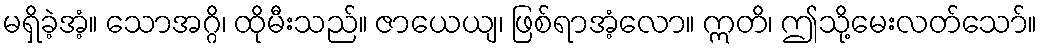
မရှိခဲ့အံ့။ သောအဂ္ဂိ၊ ထိုမီးသည်။ ဇာယေယျ၊ ဖြစ်ရာအံ့လော။ ဣတိ၊ ဤသို့မေးလတ်သော်။